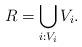
LaTeX: \begin{align*}R=\bigcup_{i:V_i } V_i.\end{align*}